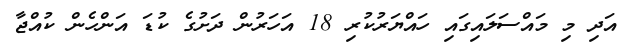
އަދި މި މައްސަލައިގައި ހައްޔަރުކުރި 18 އަހަރުން ދަށުގެ ކުޑަ އަންހެން ކުއްޖާ